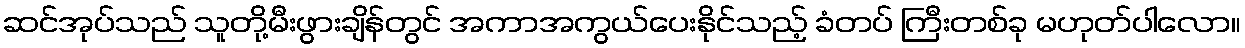
ဆင်အုပ်သည် သူတို့မီးဖွားချိန်တွင် အကာအကွယ်ပေးနိုင်သည့် ခံတပ် ကြီးတစ်ခု မဟုတ်ပါလော။